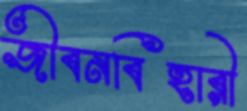
জীবনবিহারী